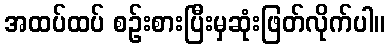
အထပ်ထပ် စဉ်းစားပြီးမှဆုံးဖြတ်လိုက်ပါ။